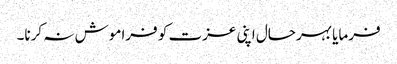
فرمایا بہرحال اپنی عزت کو فراموش نہ کرنا۔